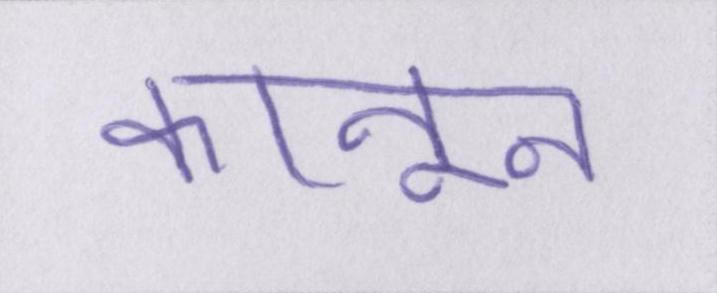
कानून